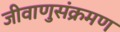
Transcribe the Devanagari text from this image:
जीवाणुसंक्रमण